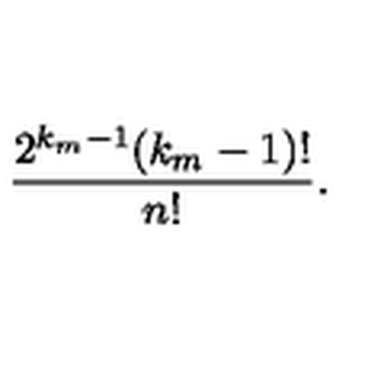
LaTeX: \frac { 2 ^ { k _ { m } - 1 } ( k _ { m } - 1 ) ! } { n ! } .